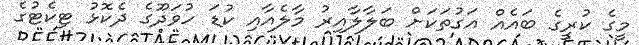
މީގެ ކުރީގެ ބައެއް އަގުތަކަށް ބަލާލާއިރު މާލެއާއި ކުޑަ ހުވަދޫގެ ދެކޮޅު ޓިކެޓުގެ